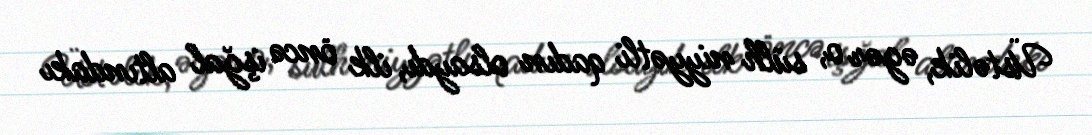
Üstəlik, əgər o, sülh niyyətli qadın olsaydı, ilk öncə işğal altındakı